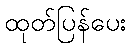
ထုတ်ပြန်ပေး